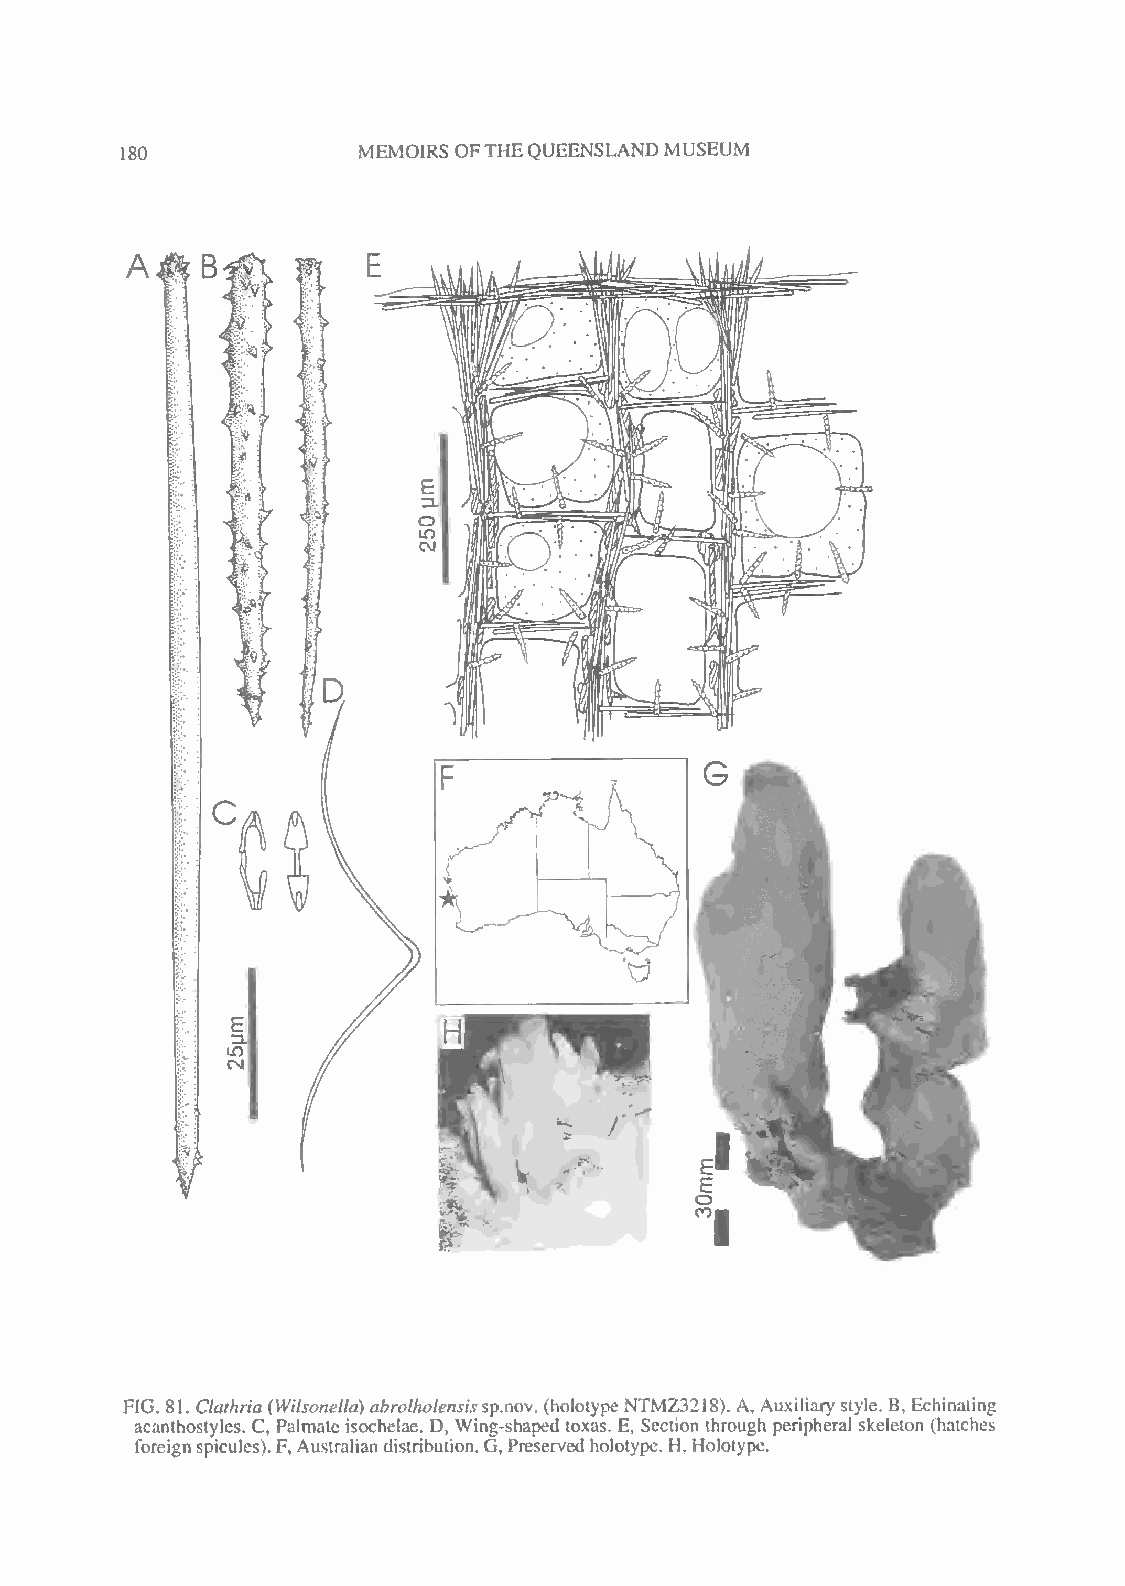
MEMOIRS OFTHEQUEENSLAND MUSEUM
 180
 FIG. 81. Clathria (Witsonelia) abroihoiensissp.nov. (holotype NTMZ3218). A, Auxiliary style. B, Echinating
 acanthostylcs. C Palmate isochelae. D, Wing-shaped toxas. E, Section through peripheral skeleton (hatches
 t
 foreignspicules).F, Australiandistribution. G,Preserved holotype. H, Holotype.